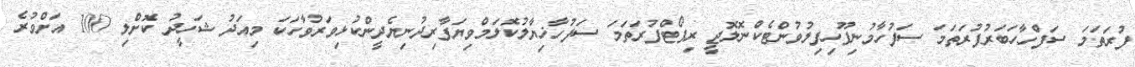
ފުރަތަމަ ސަފްހާހަބަރުފުރަތަމަ ސަފުހާމުނިފޫހިފިލުވުންޓެކްނޮލޮޖީ ރިޕޯޓްފުރަތަމަ ސަފުހާޚިޔާލުކޮލަމްވިޔަފާރިދުނިޔެދީންކުޅިވަރުވާހަކަ މިއަދު ޝަހީދު ކޮށްލި 100 އަށްވުރެ